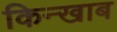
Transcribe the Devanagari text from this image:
किन्खाब